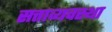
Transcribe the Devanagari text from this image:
सत्ताव्यवस्था